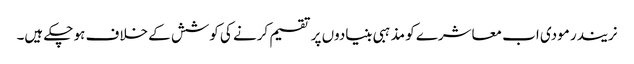
نریندر مودی اب معاشرے کو مذہبی بنیادوں پر تقسیم کرنے کی کوشش کے خلاف ہو چکے ہیں۔